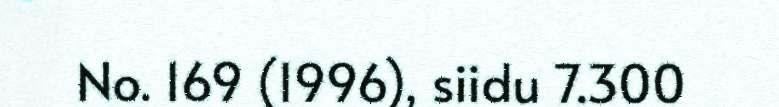
No. 169 (1996), siidu 7.300